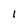
Character: 1